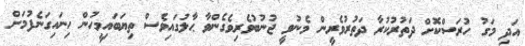
އަދި މަގު ހުރަސްކޮށް ދަތުރުކުރާ ދަތުރުވެރީން މެނުވީ ޖުނުބުވެރިވެގެންވާ ޙާލުގައިވެސް ތިޔަބައިމީހުން ހިނައިގަނެފުމަށް